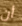
أن